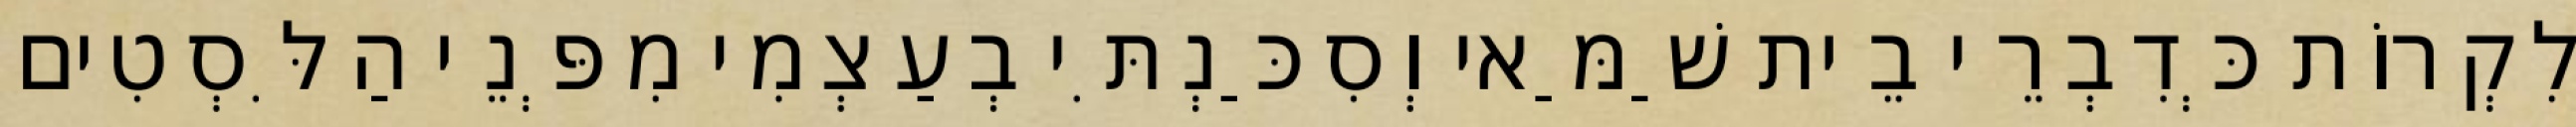
לִקְרוֹת כְּדִבְרֵי בֵית שַׁמַּאי וְסִכַּנְתִּי בְעַצְמִי מִפְּנֵי הַלִּסְטִים